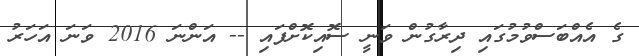
ގެ އެއްބަސްވުމުގައި ދިރާގުން ވަނީ ސޮއިކޮށްފައި -- އަންނަ 2016 ވަނަ އަހަރު